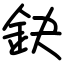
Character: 鈌